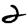
Digit: 2